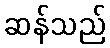
ဆန်သည်